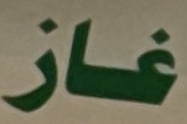
غاز